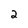
Character: 2